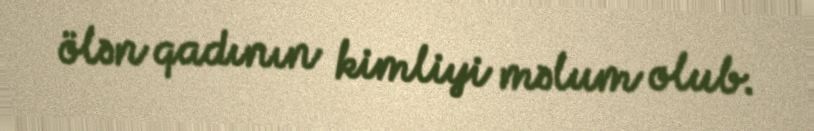
ölən qadının kimliyi məlum olub.